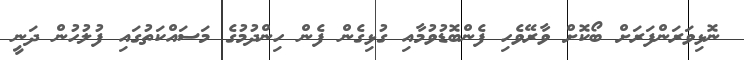
ނޮޅިވަރަންފަރަށް ބޯކޮށް ވާރޭވެހި ފެންބޮޑުވުމާއި ގުޅިގެން ފެން ހިންދުމުގެ މަސައްކަތުގައި ފުލުހުން ދަނީ